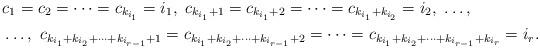
LaTeX: \begin{align*}&c_{1}=c_{2}=\cdots=c_{k_{i_{1}}}=i_{1}, \ c_{k_{i_{1}}+1}=c_{k_{i_{1}}+2}=\cdots=c_{k_{i_{1}}+k_{i_{2}}}=i_{2}, \ \ldots, \\&\ldots, \ c_{k_{i_{1}}+k_{i_{2}}+\cdots+k_{i_{r-1}}+1}=c_{k_{i_{1}}+k_{i_{2}}+\cdots+k_{i_{r-1}}+2}=\cdots=c_{k_{i_{1}}+k_{i_{2}}+\cdots+k_{i_{r-1}}+k_{i_{r}}}=i_{r}.\end{align*}